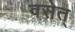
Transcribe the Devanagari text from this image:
वसेत्